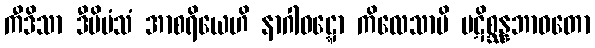
ကီဒိသာ ဒီပိမံသံ အာစရိယေဟိ နာဂါဝဋ္ဋော ကိလေသာပိ ပဋိစ္ဆန္နဘာဝတော